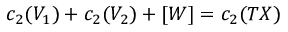
c _ { 2 } ( V _ { 1 } ) + c _ { 2 } ( V _ { 2 } ) + [ W ] = c _ { 2 } ( T X )